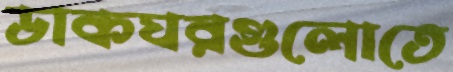
ডাকঘরগুলোতে